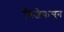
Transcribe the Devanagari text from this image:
विजेपासून